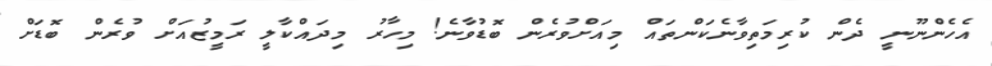
އެހެންނޫނީ ދެން ކުރިމަތިވާނެކަންތައް މިއަށްވުރެން ބޮޑުވާނެ! މިހާރު މިދައްކާލީ ރަމީޒުއަށް ވުރެން ބޮޑަށް